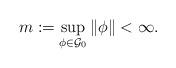
LaTeX: \begin{align*}m:=\sup_{\phi\in\mathcal{G}_0}\|\phi\|<\infty.\end{align*}